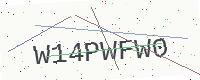
Text: W14PWFW0